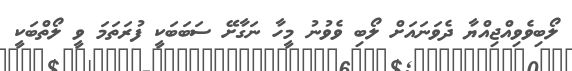
ލޯބިވެވިއްޖިއްޔާ ދެވަނައަށް ލޯބި ވެވުނު މީހާ ނަގާށޭ ސަބަބަކީ ފުރަތަމަ ވީ ލޯތްބަކީ